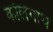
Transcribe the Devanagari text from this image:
कोलगाथ